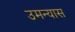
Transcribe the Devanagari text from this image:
उमन्यास